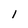
Character: 1